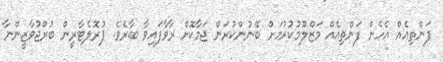
ފަންތިއެއް އެހެން ފަންތިއެއް މަޒްލޫމުކުރުމަށް ބޭނުންކުރަން ޖަމާކޮށް ރާވާފައިވާ ބާރެވެ. ޕުރޮލެޓާރީން ބުރްޖުވާޒީންނާ